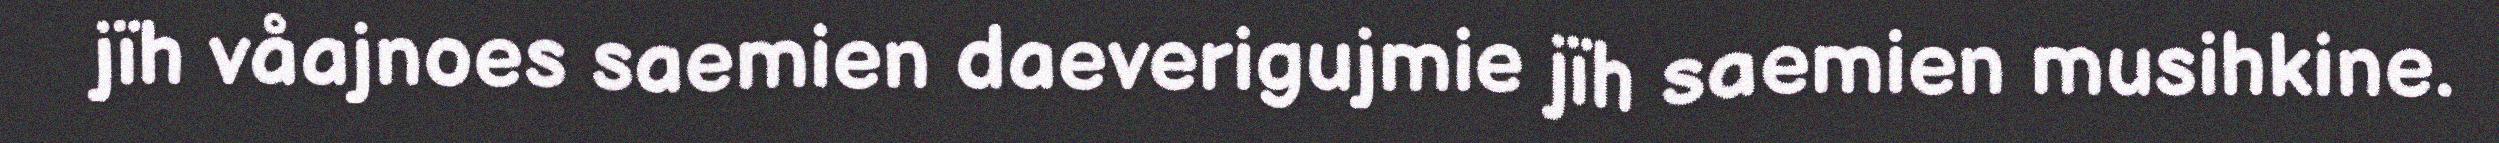
jïh våajnoes saemien daeverigujmie jïh saemien musihkine.